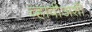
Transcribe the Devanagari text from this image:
व्हावीअशी